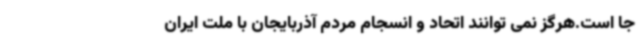
جا است.هرگز نمی توانند اتحاد و انسجام مردم آذربایجان با ملت ایران